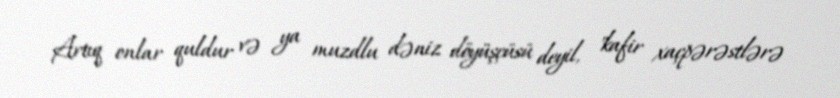
Artıq onlar quldur və ya muzdlu dəniz döyüşçüsü deyil, "kafir xaçpərəstlərə